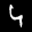
Label: 4